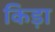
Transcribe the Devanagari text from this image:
किड़ा